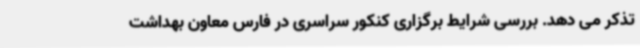
تذکر می دهد. بررسی شرایط برگزاری کنکور سراسری در فارس معاون بهداشت